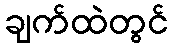
ချက်ထဲတွင်